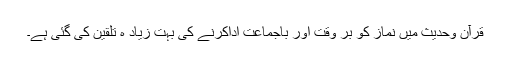
قرآن وحدیث میں نماز کو بر وقت اور باجماعت اداکرنے کی بہت زیاد ہ تلقین کی گئی ہے۔